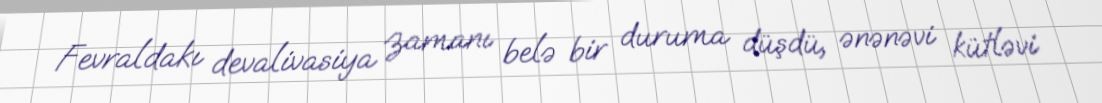
Fevraldakı devalivasiya zamanı belə bir duruma düşdü, ənənəvi kütləvi